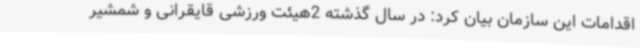
اقدامات این سازمان بیان کرد: در سال گذشته 2هیئت ورزشی قایقرانی و شمشیر